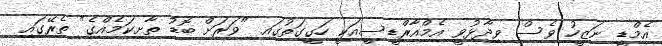
އެމްޑީ ނަޒީހު ވެސް ވިދާޅުވީ އެމްއާރްޑީސީއަކީ ހަގީގަތުގައި "ވަރަށް ބޮޑު ތާށިކަމެއްގެ" ތެރޭގައި